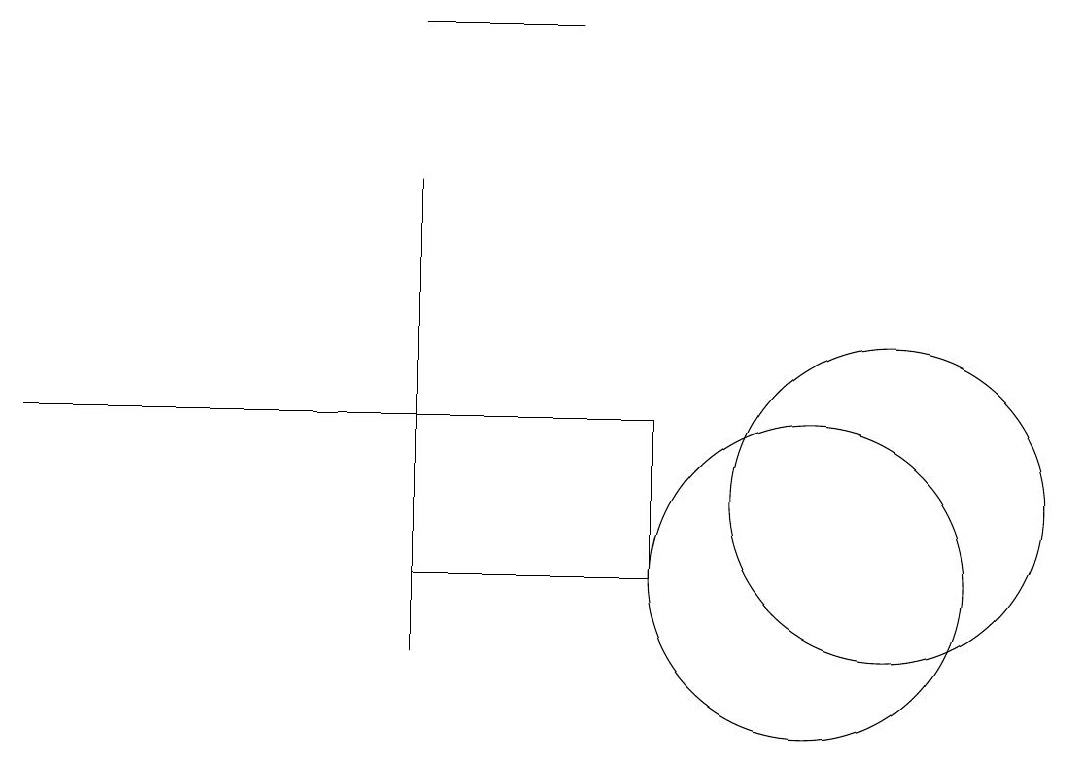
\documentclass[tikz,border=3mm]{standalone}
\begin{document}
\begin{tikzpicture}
\draw (6,13) rectangle (0,13);
\draw (11,12) circle (2);
\draw (7,18) rectangle (5,18);
\draw (8,13) rectangle (5,11);
\draw (5,10) rectangle (5,16);
\draw (10,11) circle (2);
\draw (12,10) circle (0);
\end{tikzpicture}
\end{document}